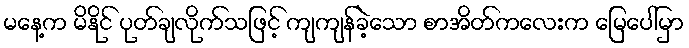
မနေ့က မိနိုင် ပုတ်ချလိုက်သဖြင့် ကျကျန်ခဲ့သော စာအိတ်ကလေးက မြေပေါ်မှာ